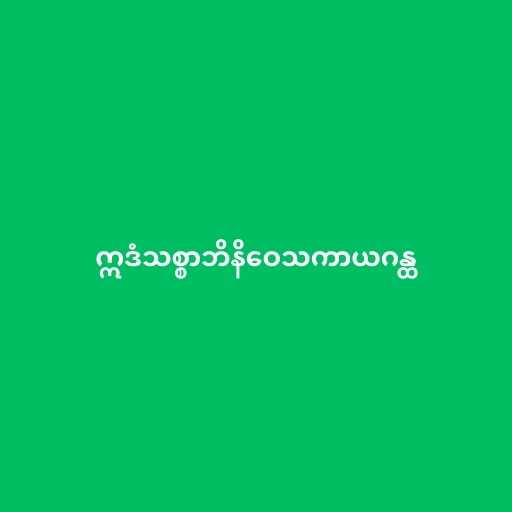
ဣဒံသစ္စာဘိနိဝေသကာယဂန္ထ